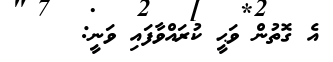
އެ ގޮތުން ވަޙީ ކުރައްވާފައި ވަނީ: